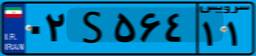
۵۷S۹۳۱۶۰